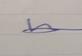
Signature authenticity: genuine